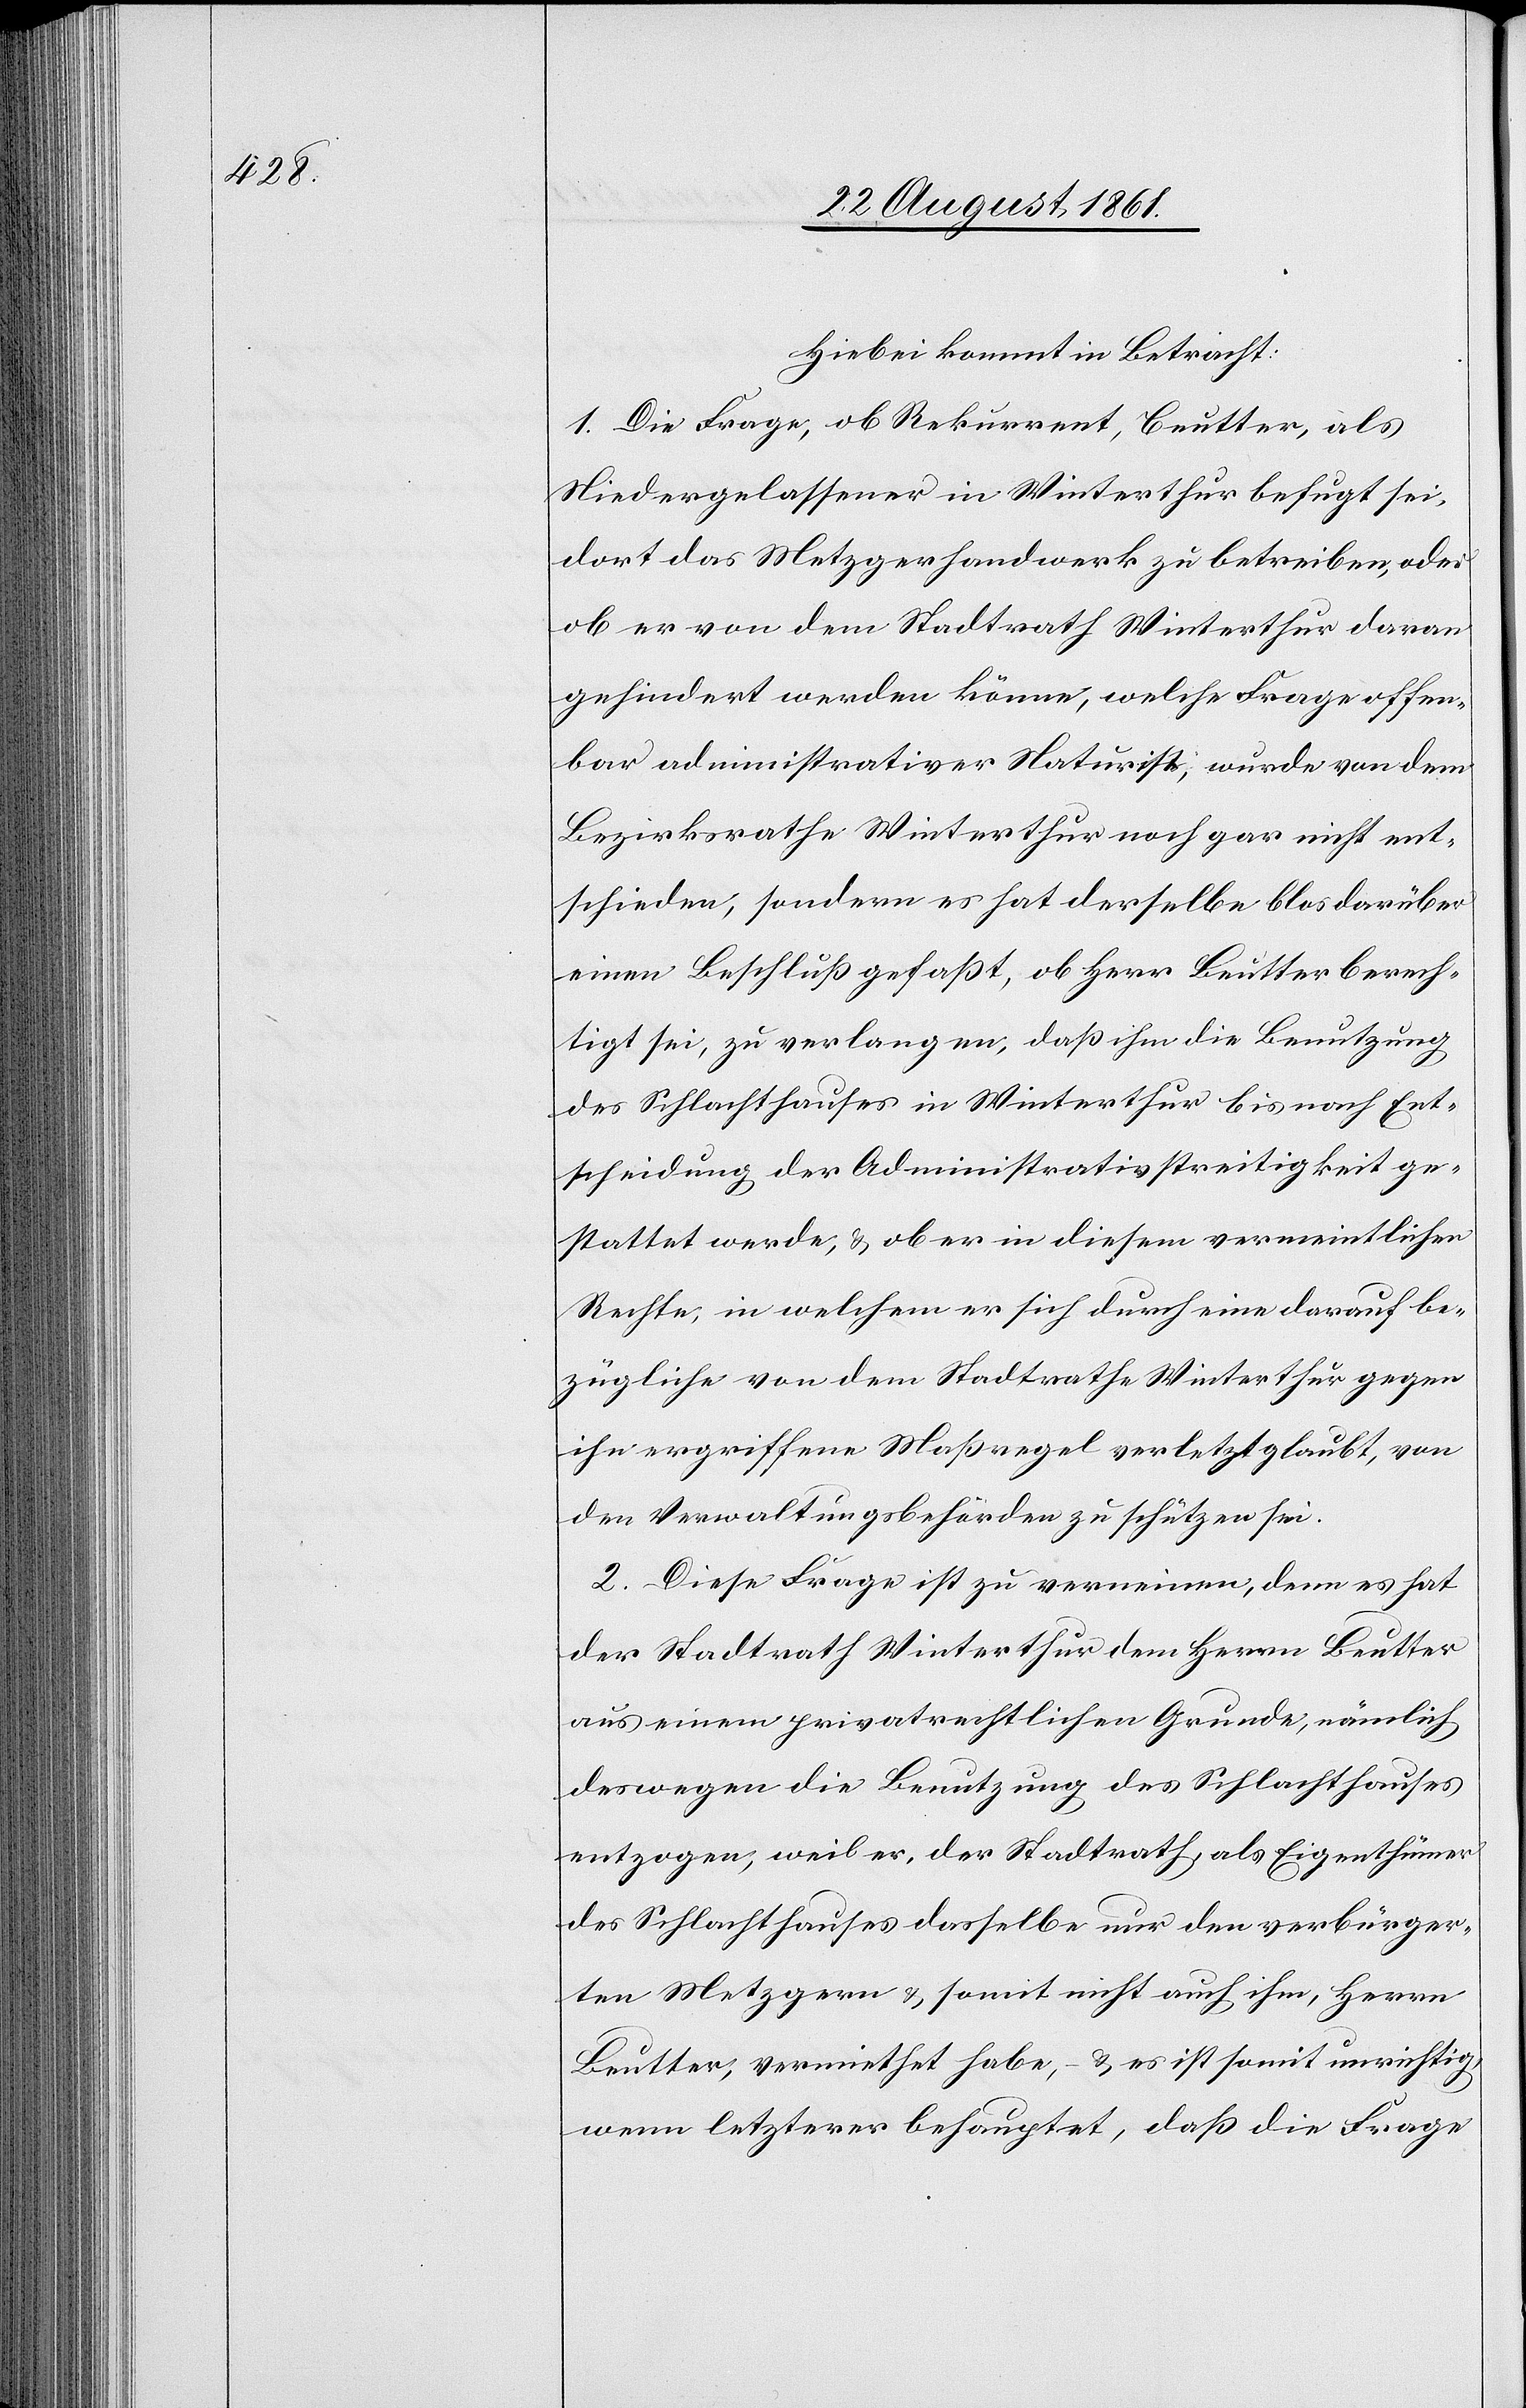
Hiebei kommt in Betracht:
1. Die Frage, ob Rekurrent, Beutter, als
Niedergelassener in Winterthur befugt sei,
dort das Metzgerhandwerk zu betreiben, oder
ob er von dem Stadtrath Winterthur daran
gehindert werden könne, welche Frage offen¬
bar administrativer Natur ist, wurde von dem
Bezirksrathe Winterthur noch gar nicht ent¬
schieden, sondern es hat derselbe blos darüber
einen Beschluß gefaßt, ob Herr Beutter berech¬
tigt sei, zu verlangen, daß ihm die Benutzung
des Schlachthauses in Winterthur bis nach Ent¬
scheidung der Administrativstreitigkeit ge¬
stattet werde, u. ob er in diesem vermeintlichen
Rechte, in welchem er sich durch eine darauf be¬
zügliche von dem Stadtrathe Winterthur gegen
ihn ergriffenen Maßregel verletzt glaubt, von
den Verwaltungsbehörden zu schützen sei.
2. Diese Frage ist zu verneinen, denn es hat
der Stadtrath Winterthur dem Herrn Beutter
aus einem privatrechtlichen Grunde, nämlich
deswegen die Benutzung des Schlachthauses
entzogen, weil er, der Stadtrath, als Eigenthümer
des Schlachthauses dasselbe nur den verbürger¬
ten Metzgern u. somit nicht auch ihm, Herrn
Beutter, vermiethet habe, – u. es ist somit unrichtig,
wenn letzterer behauptet, daß die Frage